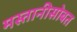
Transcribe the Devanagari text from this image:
मस्तानीसोबत